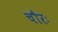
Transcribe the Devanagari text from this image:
चौरः